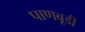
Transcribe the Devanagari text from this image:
पाणबूडी